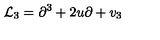
{ \mathcal L } _ { 3 } = \partial ^ { 3 } + 2 u \partial + v _ { 3 }